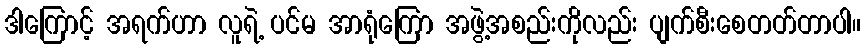
ဒါကြောင့် အရက်ဟာ လူရဲ့ ပင်မ အာရုံကြော အဖွဲ့အစည်းကိုလည်း ပျက်စီးစေတတ်တာပါ။